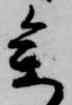
参